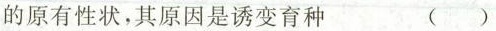
的原有性状，其原因是诱变育种 ( )